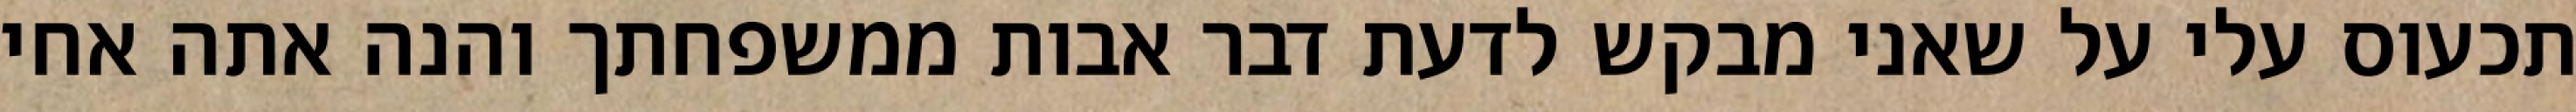
תכעוס עלי על שאני מבקש לדעת דבר אבות ממשפחתך והנה אתה אחי